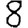
Digit: 8